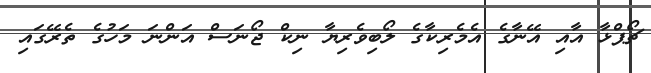
ޗޯޕްޅާ އާއި އޭނާގެ އެމެރިކާގެ ލޯބިވެރިޔާ ނިކް ޖޯނަސް އަންނަ މަހުގެ ތެރޭގައި